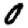
Digit: 0